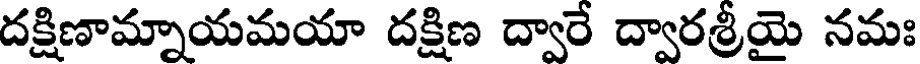
దక్షిణామ్నాయమయా దక్షిణ ద్వారే ద్వారశ్రీయై నమః